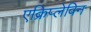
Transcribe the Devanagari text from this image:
एक्रिप्लेविन